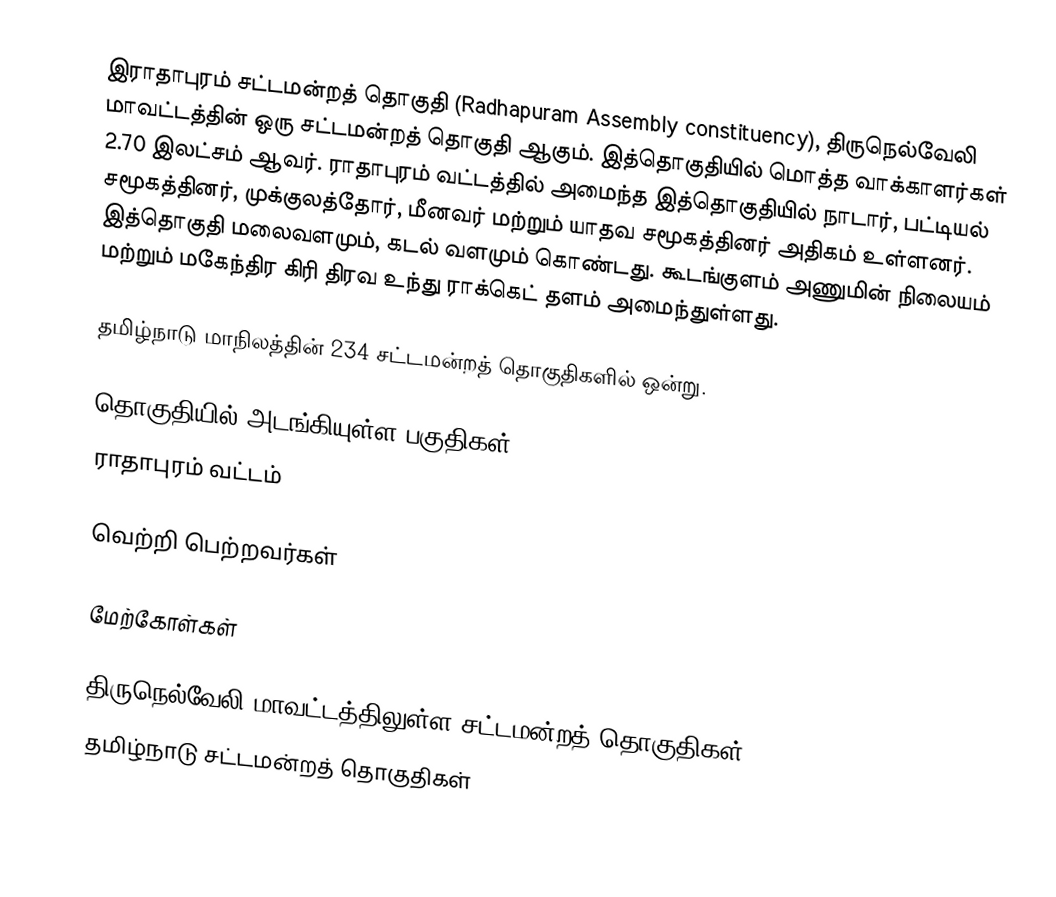
இராதாபுரம் சட்டமன்றத் தொகுதி (Radhapuram Assembly constituency), திருநெல்வேலி மாவட்டத்தின் ஒரு சட்டமன்றத் தொகுதி ஆகும். இத்தொகுதியில் மொத்த வாக்காளர்கள் 2.70 இலட்சம் ஆவர். ராதாபுரம் வட்டத்தில் அமைந்த இத்தொகுதியில் நாடார், பட்டியல் சமூகத்தினர், முக்குலத்தோர், மீனவர் மற்றும் யாதவ சமூகத்தினர் அதிகம் உள்ளனர். இத்தொகுதி மலைவளமும், கடல் வளமும் கொண்டது. கூடங்குளம் அணுமின் நிலையம் மற்றும் மகேந்திர கிரி திரவ உந்து  ராக்கெட் தளம் அமைந்துள்ளது.

தமிழ்நாடு மாநிலத்தின் 234 சட்டமன்றத் தொகுதிகளில் ஒன்று.

தொகுதியில் அடங்கியுள்ள பகுதிகள்
ராதாபுரம் வட்டம்

வெற்றி பெற்றவர்கள்

மேற்கோள்கள்

திருநெல்வேலி மாவட்டத்திலுள்ள சட்டமன்றத் தொகுதிகள்
தமிழ்நாடு சட்டமன்றத் தொகுதிகள்